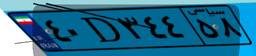
۴۰D۳۴۴۵۸